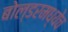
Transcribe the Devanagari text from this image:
बोल्डरमध्येच